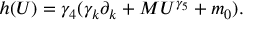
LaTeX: h ( U ) = \gamma _ { 4 } ( \gamma _ { k } \partial _ { k } + M U ^ { \gamma _ { 5 } } + m _ { 0 } ) .